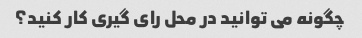
چگونه می توانید در محل رای گیری کار کنید؟